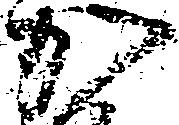
か